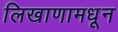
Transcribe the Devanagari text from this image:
लिखाणामधून